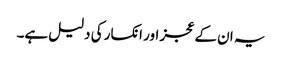
یہ ان کے عجز اور انکسار کی دلیل ہے۔